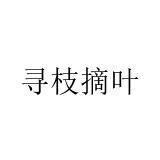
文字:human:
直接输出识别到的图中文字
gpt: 寻枝摘叶